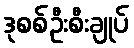
ဒုစစ်ဦးစီးချုပ်